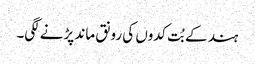
ہند کے بُت کدوں کی رونق ماند پڑنے لگی۔